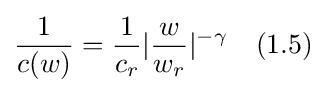
{\frac {1}{c(w)}}={\frac {1}{c_{r}}}|{\frac {w}{w_{r}}}|^{-\gamma }\quad (1.5)